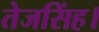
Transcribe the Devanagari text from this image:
तेजसिंह।